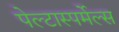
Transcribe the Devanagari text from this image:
पेल्टास्पर्मेल्स